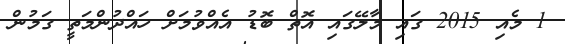
1 މެއި 2015 ގައި މާލޭގައި އޮތް ބޮޑު އެއްވުމަށް ހައްދުންމަތީ ގަމުން